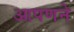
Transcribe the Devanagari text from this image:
आपणने